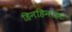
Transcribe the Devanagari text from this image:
हिनहिनाहट